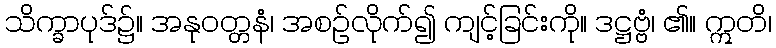
သိက္ခာပုဒ်၌။ အနုဝတ္တနံ၊ အစဉ်လိုက်၍ ကျင့်ခြင်းကို။ ဒဋ္ဌဗ္ဗံ၊ ၏။ ဣတိ၊